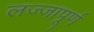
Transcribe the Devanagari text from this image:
लज्जापूर्ण